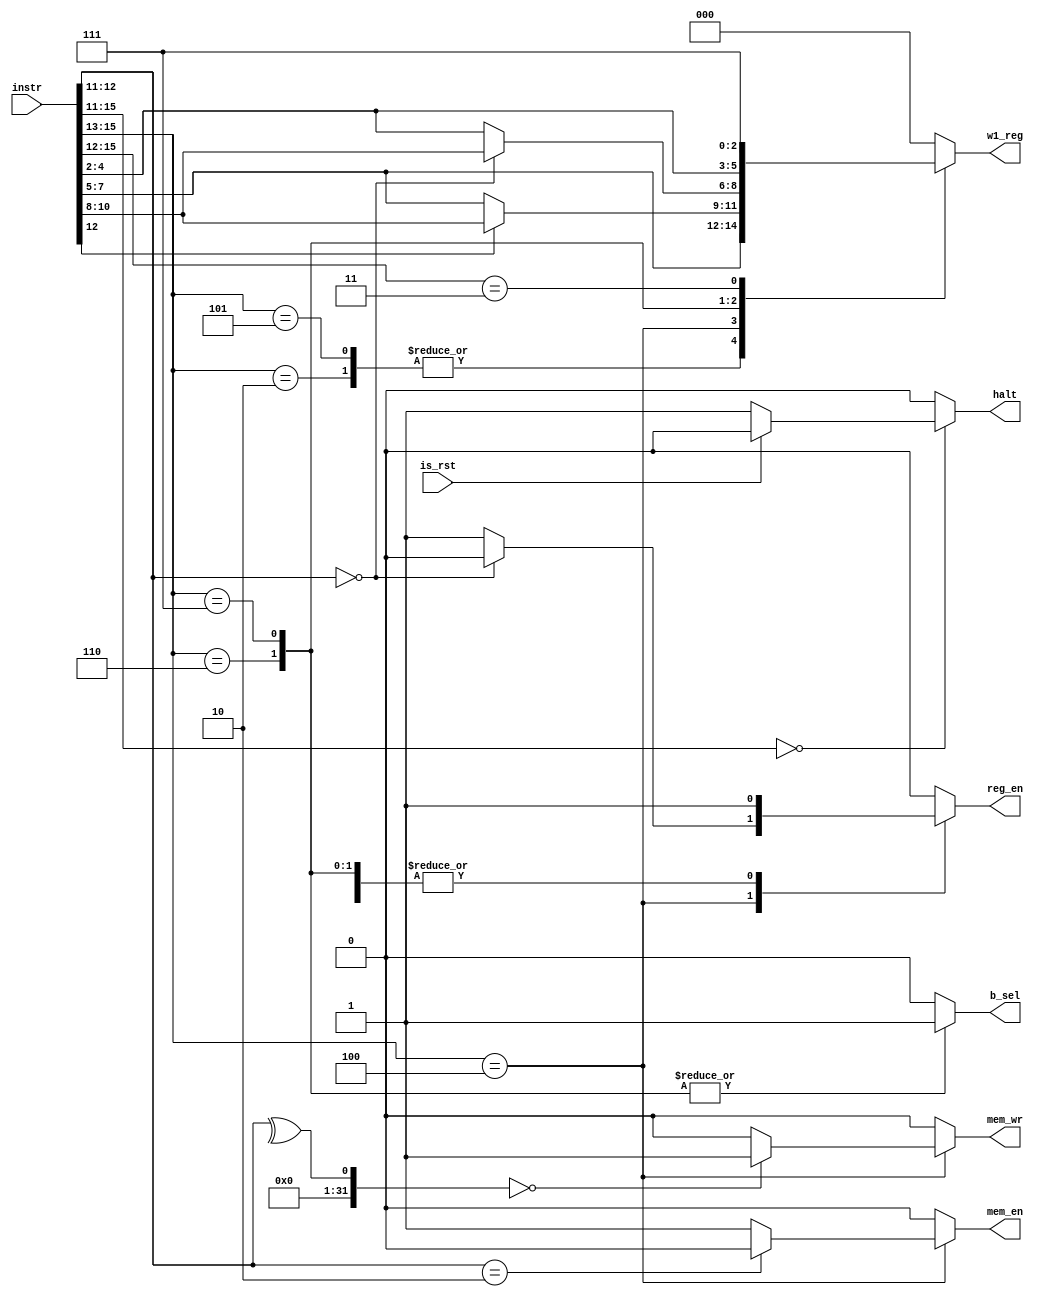
module in_dest_ctrl(instr, is_rst,w1_reg,reg_en,b_sel,mem_en, mem_wr, halt);

input[15:0]instr;
input is_rst;
output reg[2:0]w1_reg;
output reg reg_en;
output reg b_sel; 
output reg mem_en;
output reg mem_wr;
output reg halt;

always @* begin 
	casex(instr[15:11])
		5'b010??: begin  
		w1_reg=instr[7:5];//I-format 1, arith
		reg_en=1;
		b_sel=0;//ALU input B is sign imm; 
		mem_en=0;
		mem_wr =0;
		halt=0;
		end

		5'b101??:begin
		w1_reg=instr[7:5];//I-format 1, rot, shift
		reg_en=1;
		b_sel=0;
		mem_en=0;
		mem_wr =0;
		halt=0;
		end

		5'b100??:begin //ST, LD, STU, SLBI, STU
		w1_reg=(instr[12]==1'b1)?instr[10:8]:instr[7:5];//SLBI,STU ->RS
		reg_en=(instr[12:11]==2'b00)?0:1;//ST, STU ->MEM
		mem_en=(instr[12:11]==2'b10)?0:1;
		b_sel=0;
		mem_wr =(^instr[12:11]==0)?1:0;
		halt=0;
		end

		5'b110??:begin //R-format 
		w1_reg=(instr[12:11]==00)?instr[10:8]:instr[4:2];//LBI ->RS
		reg_en=1;
		b_sel=1;//ALU input B is register rt
		mem_en=0;
		mem_wr =0;
		halt=0;
		end

		5'b111??:begin//SEQ, SLT, SLE, SCO 
		w1_reg=instr[4:2]; //->rd
		reg_en=1;
		b_sel=1;
		mem_en=0;
		mem_wr =0;
		halt=0;
		end

		5'b0011?:begin// JAL, JALR 
		w1_reg=3'h7;// ->R7
		reg_en=1;
		b_sel=0;
		mem_en=0;
		mem_wr =0;
		halt=0;
		end
		
		5'b00000:begin //HALT
		w1_reg=3'h0;
		reg_en=0;
		mem_en=0;
		b_sel=0;
		mem_wr =0;
		halt=(is_rst)?0:1;
		
		end 
		default: begin//nop
		w1_reg=3'h0;
		reg_en=0;
		mem_en=0;
		b_sel=0;
		mem_wr =0;
		halt=0;
		end
	endcase 
end 

endmodule